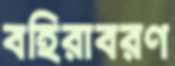
বহিরাবরণ